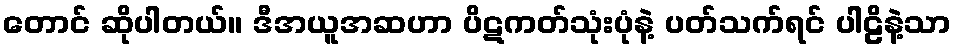
တောင် ဆိုပါတယ်။ ဒီအယူအဆဟာ ပိဋကတ်သုံးပုံနဲ့ ပတ်သက်ရင် ပါဠိနဲ့သာ